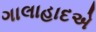
ગાલાહાદએ